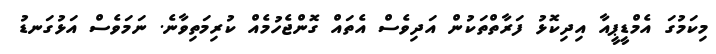
މިކަމުގަ އެމްޑީޕީއާ އިދިކޮޅު ފަރާތްތަކުން އަދިވެސް އެތައް ގޮންޖެހުމެއް ކުރިމަތިވާނެ. ނަމަވެސް އަޅުގަނޑު